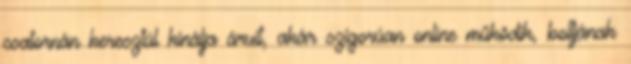
csatornán keresztül kínálja áruit, akár szigorúan online működik, boltjának